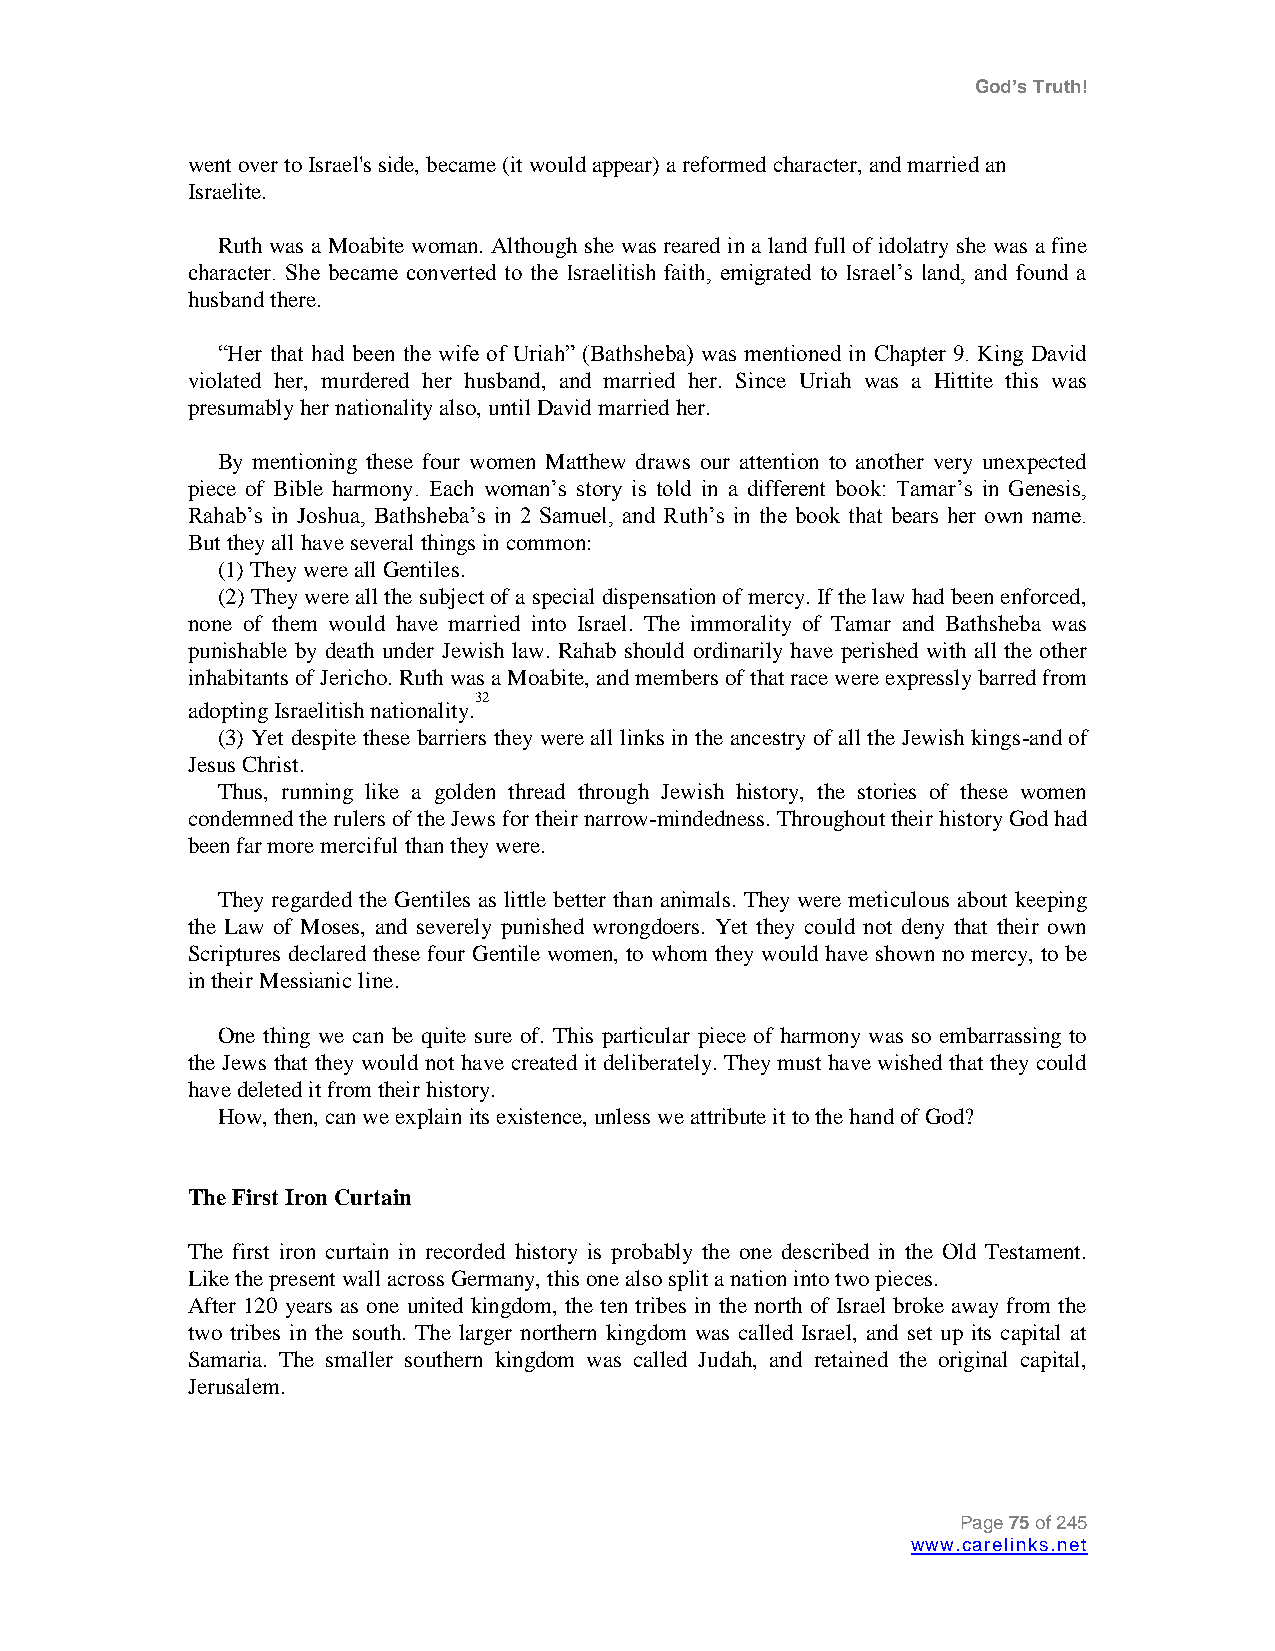
God’s Truth!
 went over to Israel's side, became (it would appear) a reformed character, and married an
 Israelite.
 Ruth was a Moabite woman. Although she was reared in a land full of idolatry she was a fine
 character. She became converted to the Israelitish faith, emigrated to Israel‟s land, and found a
 husband there.
 “Her that had been the wife of Uriah” (Bathsheba) was mentioned in Chapter 9. King David
 violated her, murdered her husband, and married her. Since Uriah was a Hittite this was
 presumably her nationality also, until David married her.
 By mentioning these four women Matthew draws our attention to another very unexpected
 piece of Bible harmony. Each woman‟s story is told in a different book: Tamar‟s in Genesis,
 Rahab‟s in Joshua, Bathsheba‟s in 2 Samuel, and Ruth‟s in the book that bears her own name.
 But they all have several things in common:
 (1) They were all Gentiles.
 (2) They were all the subject of a special dispensation of mercy. If the law had been enforced,
 none of them would have married into Israel. The immorality of Tamar and Bathsheba was
 punishable by death under Jewish law. Rahab should ordinarily have perished with all the other
 inhabitants of Jericho. Ruth was a Moabite, and members of that race were expressly barred from
 32
 adopting Israelitish nationality.
 (3) Yet despite these barriers they were all links in the ancestry of all the Jewish kings-and of
 Jesus Christ.
 Thus, running like a golden thread through Jewish history, the stories of these women
 condemned the rulers of the Jews for their narrow-mindedness. Throughout their history God had
 been far more merciful than they were.
 They regarded the Gentiles as little better than animals. They were meticulous about keeping
 the Law of Moses, and severely punished wrongdoers. Yet they could not deny that their own
 Scriptures declared these four Gentile women, to whom they would have shown no mercy, to be
 in their Messianic line.
 One thing we can be quite sure of. This particular piece of harmony was so embarrassing to
 the Jews that they would not have created it deliberately. They must have wished that they could
 have deleted it from their history.
 How, then, can we explain its existence, unless we attribute it to the hand of God?
 The First Iron Curtain
 The first iron curtain in recorded history is probably the one described in the Old Testament.
 Like the present wall across Germany, this one also split a nation into two pieces.
 After 120 years as one united kingdom, the ten tribes in the north of Israel broke away from the
 two tribes in the south. The larger northern kingdom was called Israel, and set up its capital at
 Samaria. The smaller southern kingdom was called Judah, and retained the original capital,
 Jerusalem.
 Page 75 of 245
 www.carelinks.net